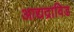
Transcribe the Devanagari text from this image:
आद्यद्राविड